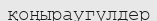
қоңыраугүлдер